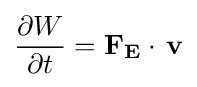
{\frac {\partial W}{\partial t}}=\mathbf {F_{E}} \cdot \,\mathbf {v}